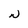
Character: N